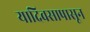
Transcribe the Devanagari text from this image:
यादिवसापासून